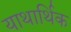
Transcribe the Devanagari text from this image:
याथार्थिक